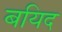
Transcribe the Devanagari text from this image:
बयिद